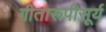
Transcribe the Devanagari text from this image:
गीतारूपीसूर्य